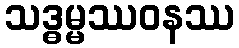
သဒ္ဓမ္မဿဝနဿ